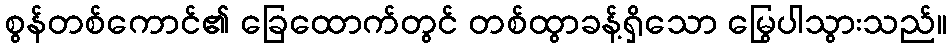
စွန်တစ်ကောင်၏ ခြေထောက်တွင် တစ်ထွာခန့်ရှိသော မြွေပါသွားသည်။